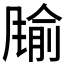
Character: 𲋈